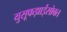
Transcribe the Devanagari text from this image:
युसूफझाईसोबत